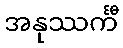
အနုဿင်္ကီ